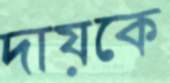
দায়কে